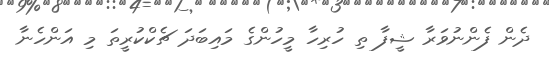
ދެން ފެންނުވަރާ ޝީފާ ތި ހުރިހާ މީހުންގެ މައިބަދަ ޗެކްކުރީތަ މި އަންހެނާ